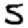
Digit: 5